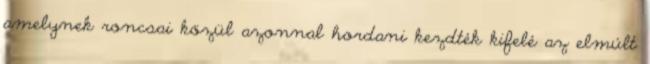
amelynek roncsai közül azonnal hordani kezdték kifelé az elmúlt